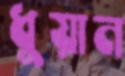
ধুয়ান